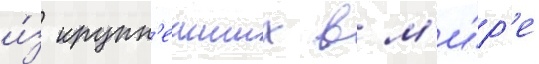
и́з крупн'еиших в м'и́р'е